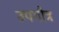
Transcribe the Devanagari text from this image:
उपगौत्र